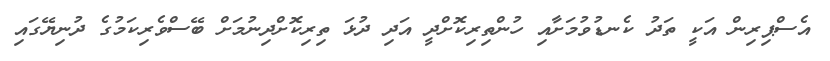
އެސްޕިރިން އަކީ ތަދު ކެނޑުވުމަށާއި ހުންތިރިކޮށްދީ އަދި ދުޅަ ތިރިކޮށްދިނުމަށް ބޭސްވެރިކަމުގެ ދުނިޔޭގައި